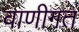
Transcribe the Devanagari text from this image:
वाणीगत